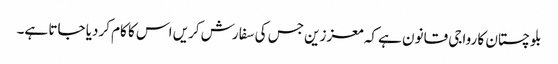
بلوچستان کا رواجی قانون ہے کہ معززین جس کی سفارش کریں اس کا کام کردیا جاتا ہے۔